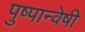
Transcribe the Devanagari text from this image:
पुष्पान्वेषी